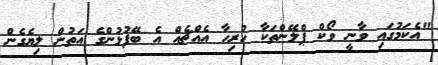
"އެކަމުގައި ވާނީ ވޯކް ޕްލޭންތަކާ ހުރިހާ އެއްޗެއް އެ ބޭފުޅުންގެ އަތުން ލިޔެގެން